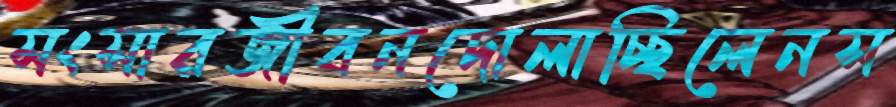
সংসারজীবনদোলাচ্ছিলেনস